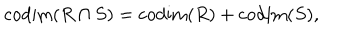
LaTeX: \mathrm { c o d i m } ( R \cap S ) = \mathrm { c o d i m } ( R ) + \mathrm { c o d i m } ( S ) ,